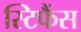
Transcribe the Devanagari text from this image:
स्टिफैंस